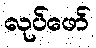
လုပ်ဖော်